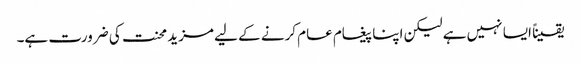
یقیناً ایسا نہیں ہے لیکن اپنا پیغام عام کرنے کے لیے مزید محنت کی ضرورت ہے۔